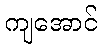
ကျအောင်